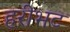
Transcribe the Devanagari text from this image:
हरीभट